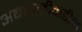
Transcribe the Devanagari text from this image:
अबदालीकडील